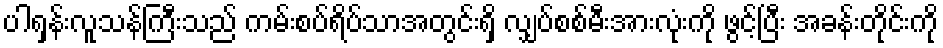
ပါရှန်းလူသန်ကြီးသည် ကမ်းစပ်ရိပ်သာအတွင်းရှိ လျှပ်စစ်မီးအားလုံးကို ဖွင့်ပြီး အခန်းတိုင်းကို